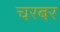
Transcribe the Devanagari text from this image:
चरबर